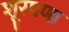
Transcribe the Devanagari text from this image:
शूरपणा